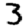
Digit: 3